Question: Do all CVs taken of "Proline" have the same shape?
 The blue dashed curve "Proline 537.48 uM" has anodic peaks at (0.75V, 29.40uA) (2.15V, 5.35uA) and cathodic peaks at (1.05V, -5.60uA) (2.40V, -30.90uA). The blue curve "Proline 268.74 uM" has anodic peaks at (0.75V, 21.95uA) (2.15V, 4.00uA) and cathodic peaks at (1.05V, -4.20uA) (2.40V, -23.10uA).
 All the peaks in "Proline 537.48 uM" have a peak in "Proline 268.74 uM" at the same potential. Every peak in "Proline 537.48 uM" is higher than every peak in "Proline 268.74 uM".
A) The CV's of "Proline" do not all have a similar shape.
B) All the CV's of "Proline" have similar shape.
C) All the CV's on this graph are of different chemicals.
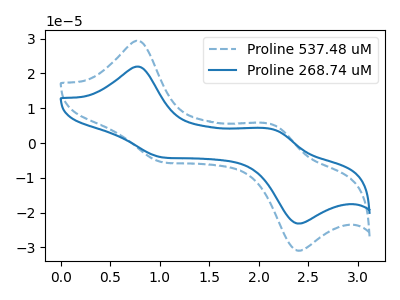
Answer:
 <answer>B) All the CV's of "Proline" have similar shape.</answer>
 <eval>B</eval>